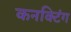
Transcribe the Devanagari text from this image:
कनक्टिंग